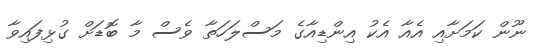
ނޫން ކަމަށާއި އެއާ އެކު އިންޑިއާގެ މަސްލަހަތާ ވެސް މާ ބޮޑަށް ގުޅިފައިވާ